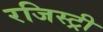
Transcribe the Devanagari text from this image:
रजिस्‍ट्री